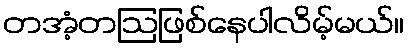
တအံ့တဩဖြစ်နေပါလိမ့်မယ်။